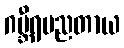
ဂမ္ဘီရပညတာယ